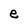
Character: e